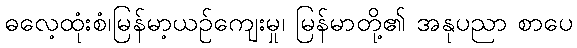
ဓလေ့ထုံးစံ၊မြန်မာ့ယဉ်ကျေးမှု၊ မြန်မာတို့၏ အနုပညာ စာပေ